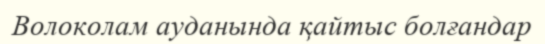
Волоколам ауданында қайтыс болғандар